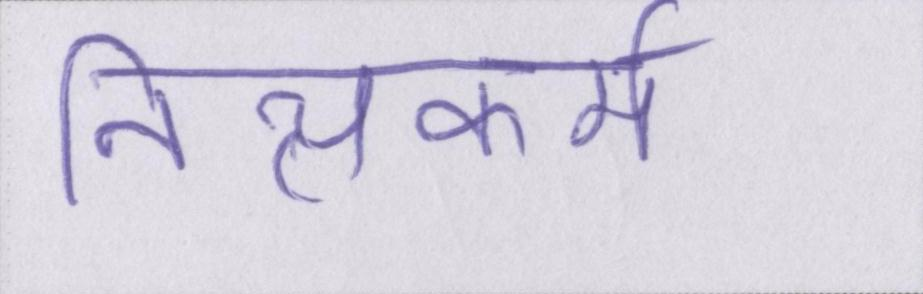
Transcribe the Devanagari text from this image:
नित्यकर्म